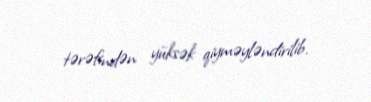
tərəfindən yüksək qiyməyləndirilib.